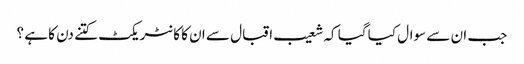
جب ان سے سوال کیا گیا کہ شعیب اقبال سے ان کا کا نٹر یکٹ کتنے دن کا ہے ؟